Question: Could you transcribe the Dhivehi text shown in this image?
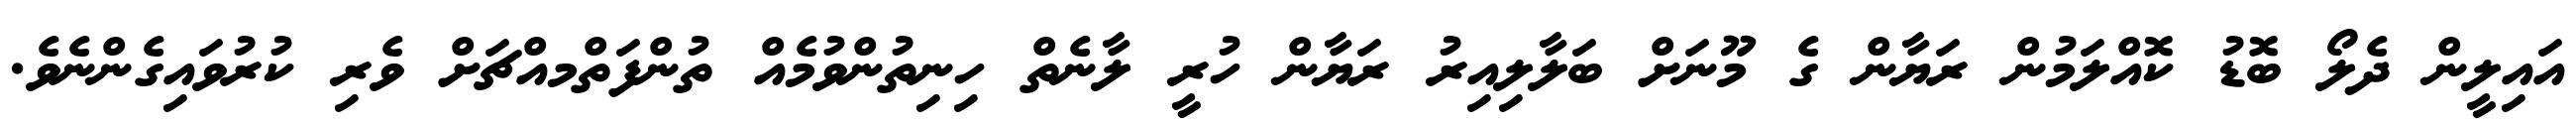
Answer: އައިލީން ދެލޯ ބޮޑު ކޮއްލަމުން ރަޔާން ގެ މޫނަށް ބަލާލިއިރު ރަޔާން ހުރީ ލާނެތް ހިނިތުންވުމެއް ތުންފަތްމއްޗަށް ވެރި ކުރުވައިގެންނެވެ.